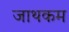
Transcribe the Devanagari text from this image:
जाथकम